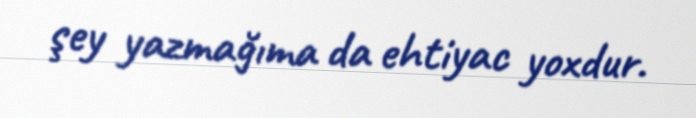
şey yazmağıma da ehtiyac yoxdur.